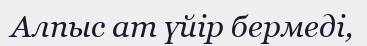
Алпыс ат үйір бермеді,